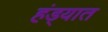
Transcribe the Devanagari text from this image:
हंड्यात